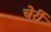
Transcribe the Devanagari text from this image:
चेर्री